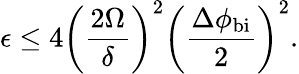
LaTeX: \epsilon\leq 4\left(\frac{2\Omega}{\delta}\right)^{2}\left(\frac{\Delta\phi_{\mathrm{bi}}}{2}\right)^{2}.